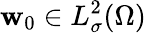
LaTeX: \mathbf{w}_{0}\in L_{\sigma}^{2}(\Omega)